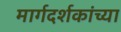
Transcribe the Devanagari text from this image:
मार्गदर्शकांच्या